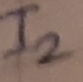
Text: I2